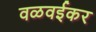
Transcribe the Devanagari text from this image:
वळवईकर